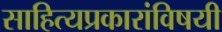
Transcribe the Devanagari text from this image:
साहित्यप्रकारांविषयी